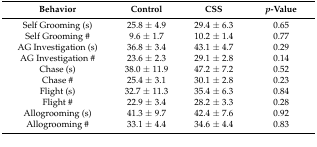
<table><thead><tr><td><b>Behavior</b></td><td><b>Control</b></td><td><b>CSS</b></td><td><b><i>p</i>-Value</b></td></tr></thead><tbody><tr><td>Self Grooming (s)</td><td>25.8 ± 4.9</td><td>29.4 ± 6.3</td><td>0.65</td></tr><tr><td>Self Grooming #</td><td>9.6 ± 1.7</td><td>10.2 ± 1.4</td><td>0.77</td></tr><tr><td>AG Investigation (s)</td><td>36.8 ± 3.4</td><td>43.1 ± 4.7</td><td>0.29</td></tr><tr><td>AG Investigation #</td><td>23.6 ± 2.3</td><td>29.1 ± 2.8</td><td>0.14</td></tr><tr><td>Chase (s)</td><td>38.0 ± 11.9</td><td>47.2 ± 7.2</td><td>0.52</td></tr><tr><td>Chase #</td><td>25.4 ± 3.1</td><td>30.1 ± 2.8</td><td>0.23</td></tr><tr><td>Flight (s)</td><td>32.7 ± 11.3</td><td>35.4 ± 6.3</td><td>0.84</td></tr><tr><td>Flight #</td><td>22.9 ± 3.4</td><td>28.2 ± 3.3</td><td>0.28</td></tr><tr><td>Allogrooming (s)</td><td>41.3 ± 9.7</td><td>42.4 ± 7.6</td><td>0.92</td></tr><tr><td>Allogrooming #</td><td>33.1 ± 4.4</td><td>34.6 ± 4.4</td><td>0.83</td></tr></tbody></table>